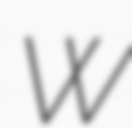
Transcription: W